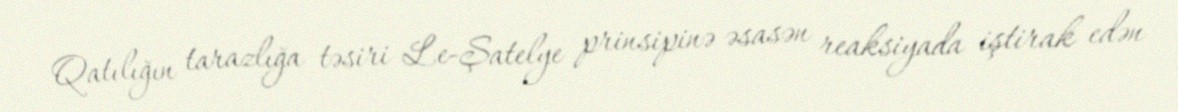
Qatılığın tarazlığa təsiri Le-Şatelye prinsipinə əsasən reaksiyada iştirak edən